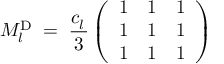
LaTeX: M _ { l } ^ { \mathrm { D } } \; = \; \frac { c _ { l } ^ { ~ } } { 3 } \left( \begin{array} { l l l } { { 1 } } & { { 1 } } & { { 1 } } \\ { { 1 } } & { { 1 } } & { { 1 } } \\ { { 1 } } & { { 1 } } & { { 1 } } \end{array} \right) \;